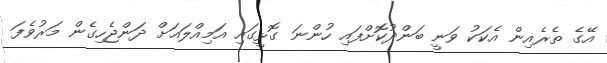
އޭގެ ތެރެއިން އެކަކު ވަނީ ބަންދުކޮށްފައި ހުންނަ ގޮޅީގައި އަމިއްލައަށް ދަންޖެހިގެން މަރުވެފަ